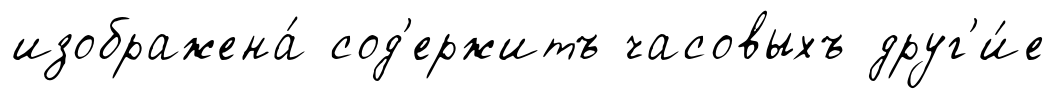
изображена́ сод'ержитъ часовыхъ друг'и́е